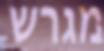
מגרש